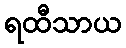
ရထီသာယ